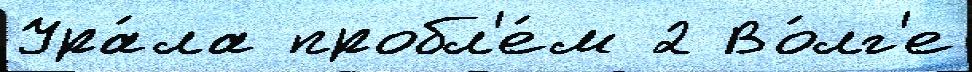
Ура́ла пробл'е́м 2 Во́лг'е